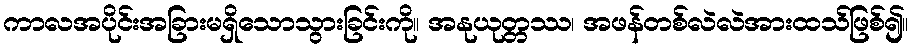
ကာလအပိုင်းအခြားမရှိသောသွားခြင်းကို။ အနုယုတ္တဿ၊ အဖန်တစ်လဲလဲအားထသ်ဖြစ်၍။